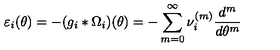
\varepsilon _ { i } ( \theta ) = - ( g _ { i } \ast \Omega _ { i } ) ( \theta ) = - \sum _ { m = 0 } ^ { \infty } \nu _ { i } ^ { ( m ) } \frac { d ^ { m } } { d \theta ^ { m } }